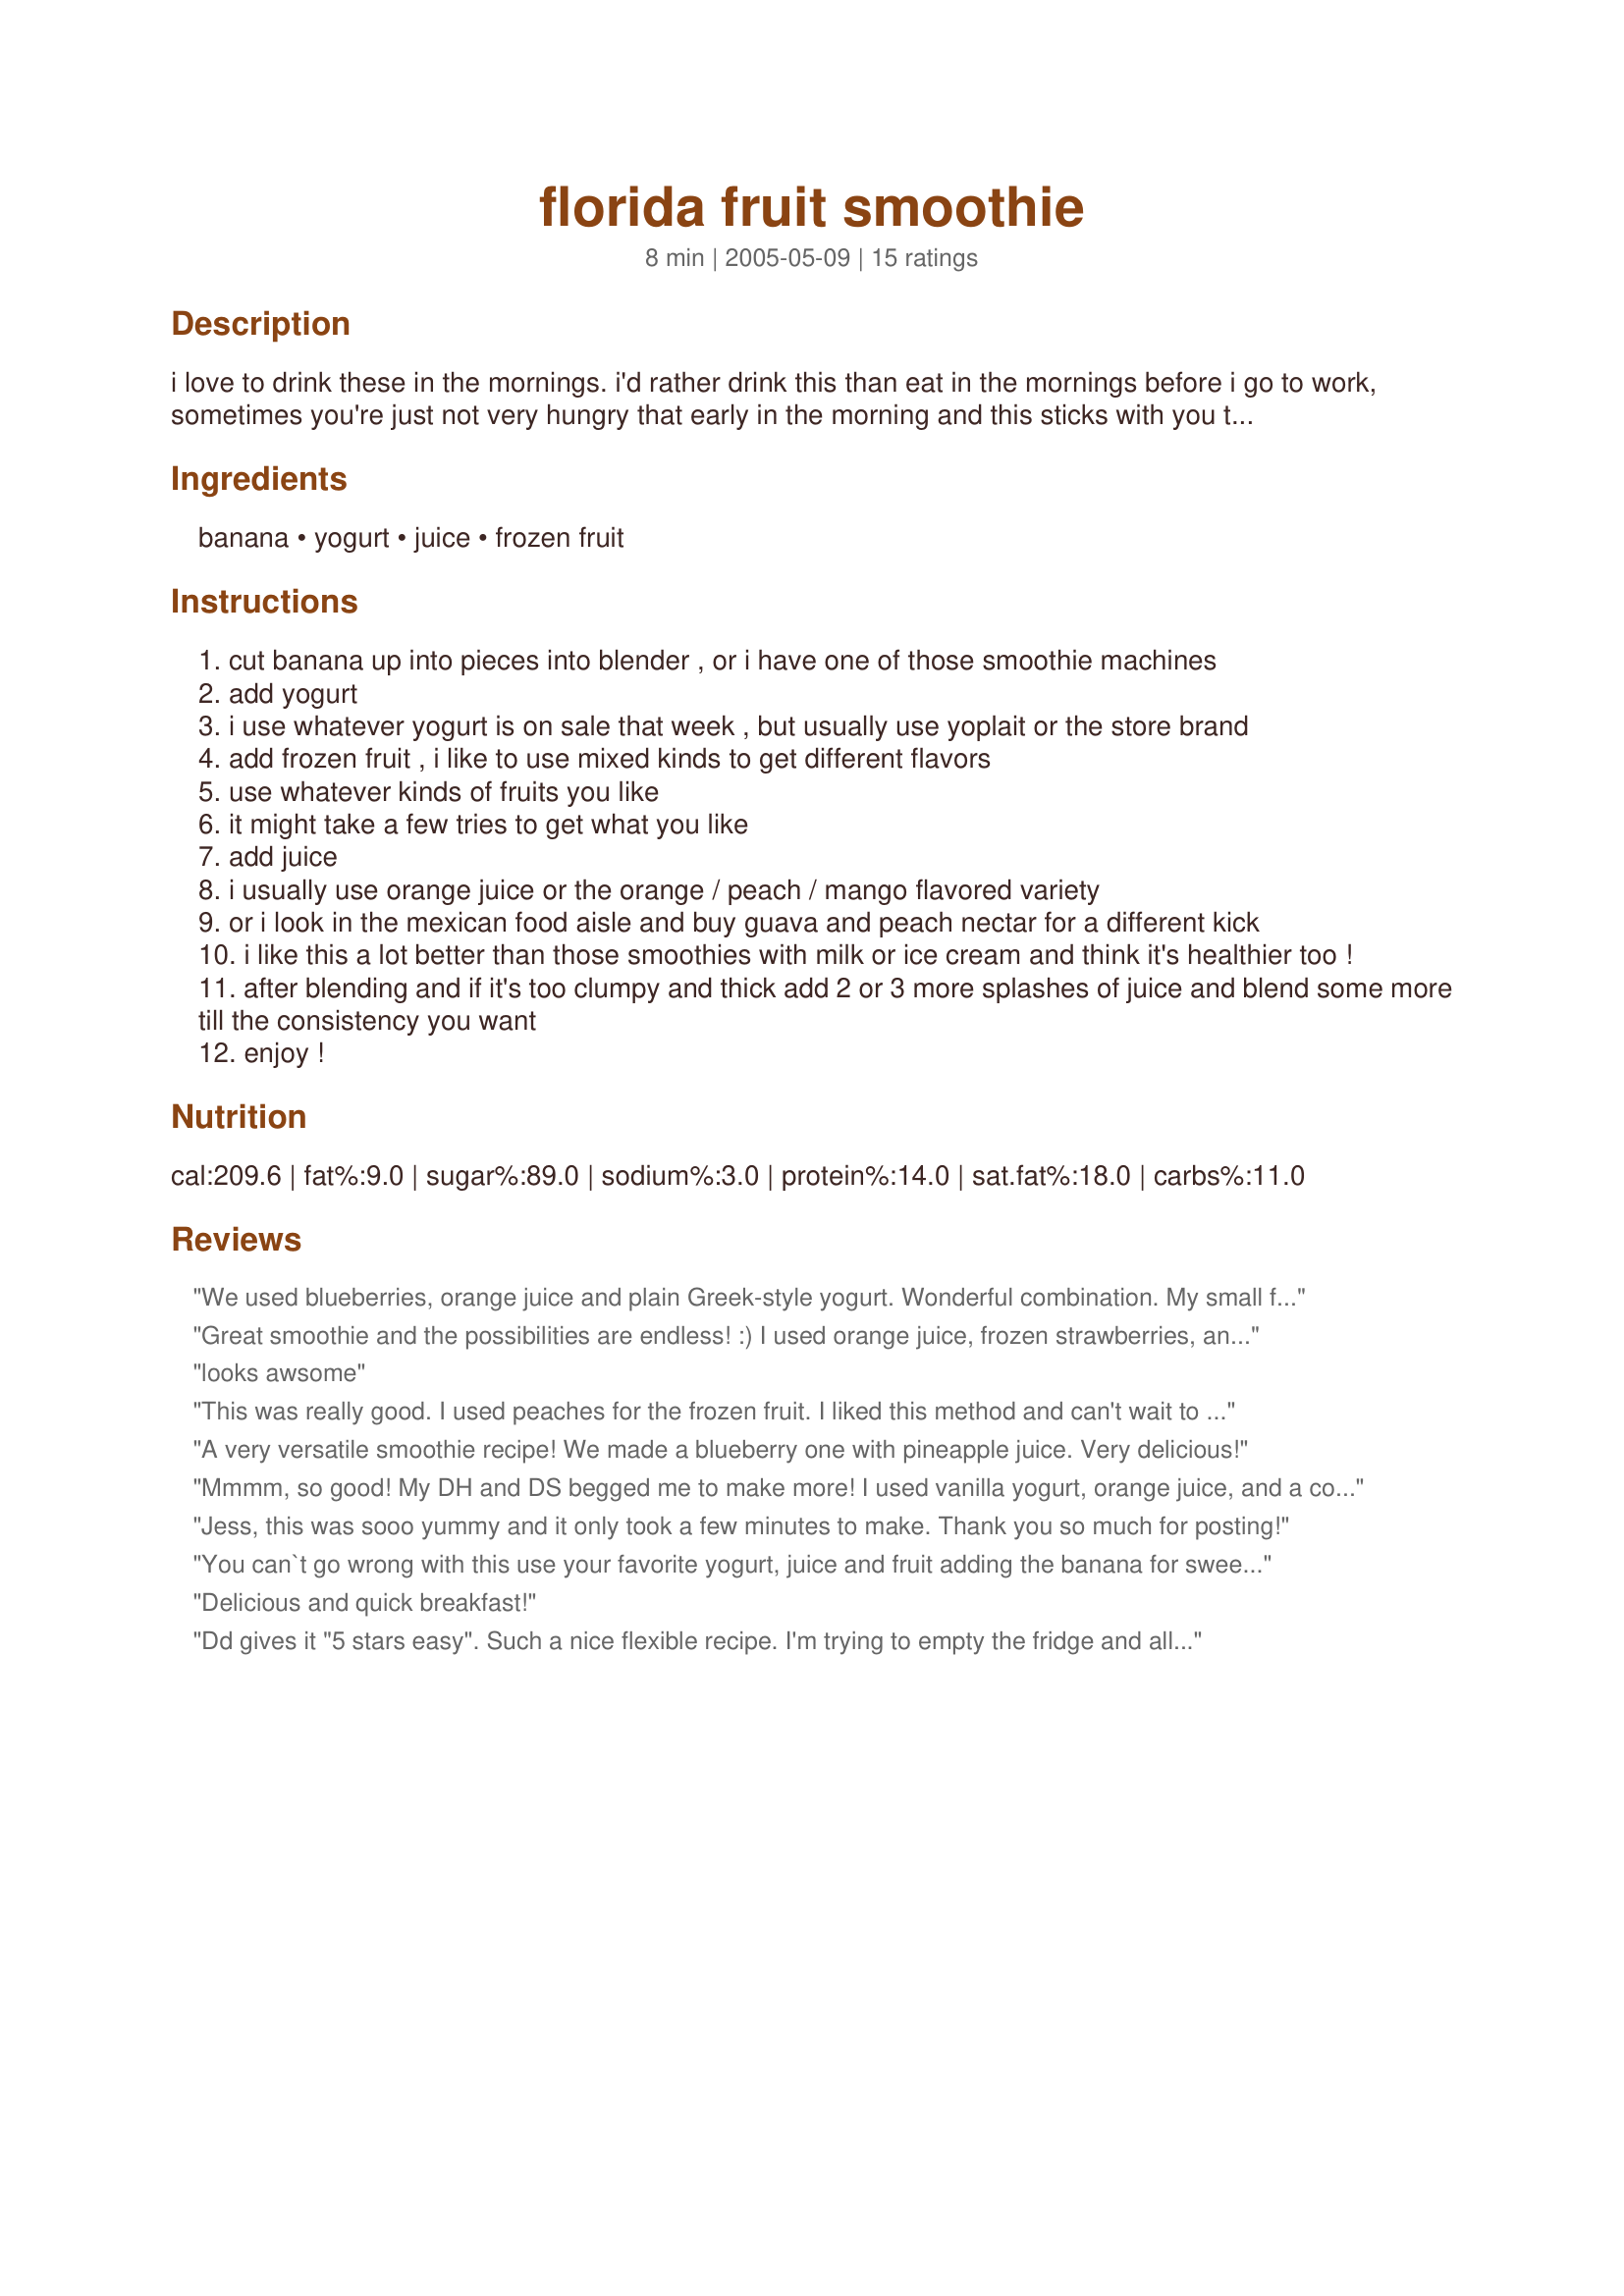
florida fruit smoothie
Preparation time: 8 minutes

i love to drink these in the mornings. i'd rather drink this than eat in the mornings before i go to work, sometimes you're just not very hungry that early in the morning and this sticks with you through the day.

Ingredients:
banana, yogurt, juice, frozen fruit

Steps:
cut banana up into pieces into blender , or i have one of those smoothie machines
add yogurt
i use whatever yogurt is on sale that week , but usually use yoplait or the store brand
add frozen fruit , i like to use mixed kinds to get different flavors
use whatever kinds of fruits you like
it might take a few tries to get what you like
add juice
i usually use orange juice or the orange / peach / mango flavored variety
or i look in the mexican food aisle and buy guava and peach nectar for a different kick
i like this a lot better than those smoothies with milk or ice cream and think it's healthier too !
after blending and if it's too clumpy and thick add 2 or 3 more splashes of juice and blend some more till the consistency you want
enjoy !

Reviews:
We used blueberries, orange juice and plain Greek-style yogurt. Wonderful combination. My small food processor couldn't hold a full batch -- whoa overflow. So I stopped blending before it was a real 'smoothie'. Thanks Jess for a keeper. Made for Zaar World Tour.
Great smoothie and the possibilities are endless! :) I used orange juice, frozen strawberries, and Yoplait's Strawberry Orange Sunrise yogurt to keep with the theme. The smoothie is a tiny bit larger than my normal smoothie, maybe next time I'll do about a cup of juice and a cup of fruit. Thanks for sharing!
looks awsome
This was really good. I used peaches for the frozen fruit. I liked this method and can't wait to try other fruit combinations. I did add some sweet and low because I like my smoothies sweet. The girls really enjoyed these too! thank you, Katie
A very versatile smoothie recipe! We made a blueberry one with pineapple juice. Very delicious!
Mmmm, so good! My DH and DS begged me to make more! I used vanilla yogurt, orange juice, and a combination of frozen cantalope, strawberries, and peaches. Delicous! Thank you Jessica. I'm so glad I picked this drink for the beverage swap!
Jess, this was sooo yummy and it only took a few minutes to make. Thank you so much for posting!
You can`t go wrong with this use your favorite yogurt, juice and fruit adding the banana for sweetness and thick creaminess. 
Thanks!
Delicious and quick breakfast!
Dd gives it "5 stars easy". Such a nice flexible recipe. I'm trying to empty the fridge and all I had was apple juice, plain yogurt, and frozen mixed berries. Worked great and such a fast, easy, and healthy recipe to start her day.
This is one of those recipes that leaves itself open to interpretation. I used a blackberry yogurt, frozen strawberries and mango juice. Delicious! Made for ZWTIII.
This was a great smoothie recipe. I used vanilla yogurt, a mixed berry juice and a tropical frozen fruit blend. Perfect!
Original post on 9/13/2008: This is yummy! Used OJ, plain yogurt, cranberries, blueberries and strawberries....delicious! Thanks for sharing.&lt;br/&gt;UPDATE 3/31/13: I just had to comment again about this recipe. I have been making this regularly since 2008. I&#039;ve shared it with many, many others who make it regularly too. We LOVE these fruit smoothies and I am thrilled that my kids get so excited about a healthy fruit smoothie snack. We make them so often that my kids&#039; friends will ask for them sometimes when they are here. Thanks again for posting what has become a &quot;go to recipe&quot; in our home.
I had this for breakfast and it was very fruitay! I used the orange- peach- mango juice, peach yogurt, but I only had mixed berries for the fruit. I was worried about the mix, but it was delish! Thank you Jessica K !!! A definite re-do with alot of play. Tried and tested for ZWT3 by Friendly Floozie Remembering Amy.
Easy to make! Tasted great!
